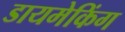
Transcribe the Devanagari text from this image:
डायमेकिंग